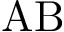
\mathrm { A B }